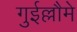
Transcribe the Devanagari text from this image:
गुईल्लौमे